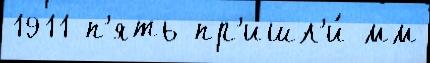
1911 п'ять пр'ишл'и́ мм